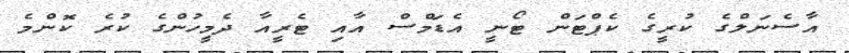
އާސެނަލްގެ ކުރީގެ ކެޕްޓަން ޓޯނީ އެޑަމްސް އާއި ޓެރީއާ ދެމީހުންގެ ކުރެ ކޮންމެ